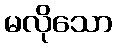
မလိုသော